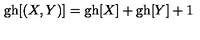
\mathrm { g h } [ ( X , Y ) ] = \mathrm { g h } [ X ] + \mathrm { g h } [ Y ] + 1